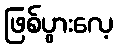
ဖြစ်ပွားလေ့